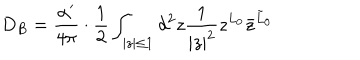
LaTeX: D _ { B } = { \frac { \alpha ^ { \prime } } { 4 \pi } } \cdot { \frac { 1 } { 2 } } \int _ { | z | \le 1 } d ^ { 2 } z { \frac { 1 } { | z | ^ { 2 } } } z ^ { L _ { 0 } } { \bar { z } } ^ { { \tilde { L } } _ { 0 } }